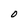
Character: O